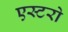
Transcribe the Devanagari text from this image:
एस्टरो